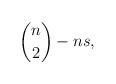
LaTeX: \begin{align*} \binom{n}{2}-ns, \end{align*}